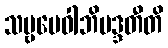
သဗ္ဗမေဝါဘိမဒ္ဒတီတိ